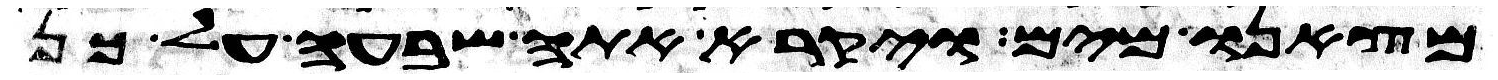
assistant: מצאנו מים ויקרא אתה שבעה על כן